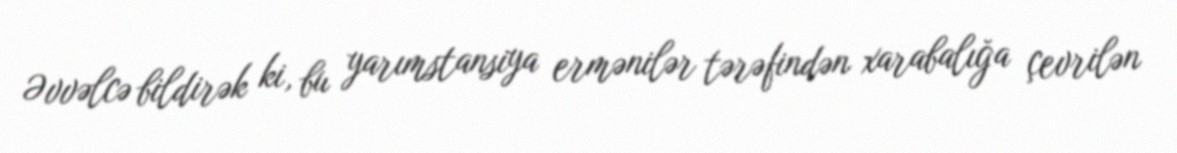
Əvvəlcə bildirək ki, bu yarımstansiya ermənilər tərəfindən xarabalığa çevrilən